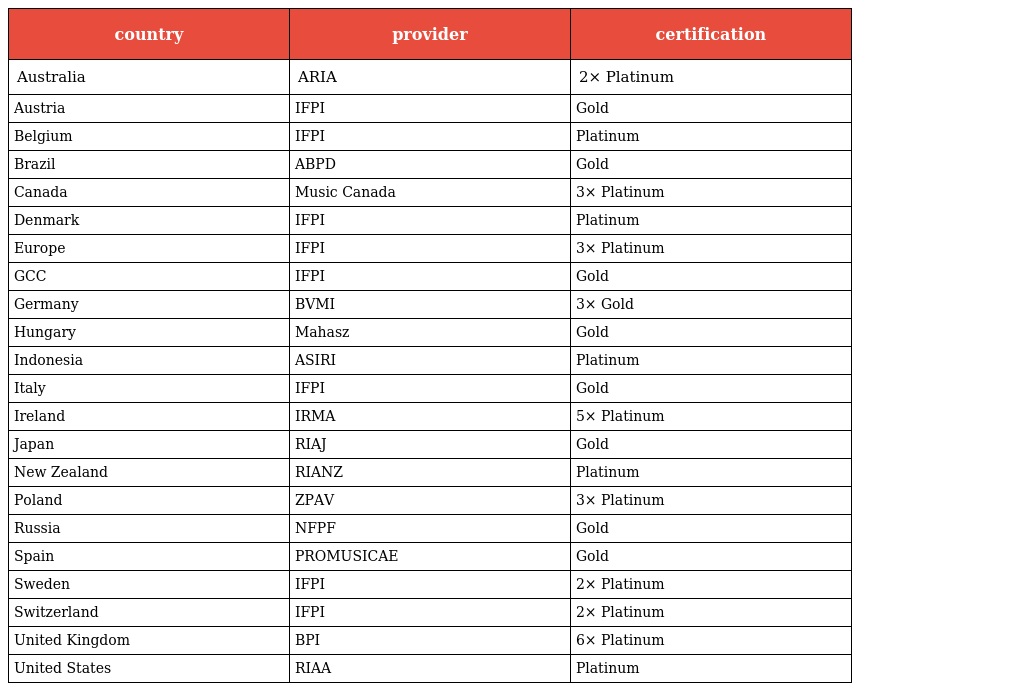
| country | provider | certification |
 | --- | --- | --- |
 | Australia | ARIA | 2× Platinum |
 | Austria | IFPI | Gold |
 | Belgium | IFPI | Platinum |
 | Brazil | ABPD | Gold |
 | Canada | Music Canada | 3× Platinum |
 | Denmark | IFPI | Platinum |
 | Europe | IFPI | 3× Platinum |
 | GCC | IFPI | Gold |
 | Germany | BVMI | 3× Gold |
 | Hungary | Mahasz | Gold |
 | Indonesia | ASIRI | Platinum |
 | Italy | IFPI | Gold |
 | Ireland | IRMA | 5× Platinum |
 | Japan | RIAJ | Gold |
 | New Zealand | RIANZ | Platinum |
 | Poland | ZPAV | 3× Platinum |
 | Russia | NFPF | Gold |
 | Spain | PROMUSICAE | Gold |
 | Sweden | IFPI | 2× Platinum |
 | Switzerland | IFPI | 2× Platinum |
 | United Kingdom | BPI | 6× Platinum |
 | United States | RIAA | Platinum |